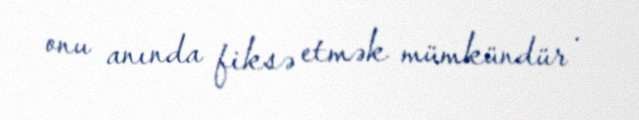
onu anında fiksə etmək mümkündür .